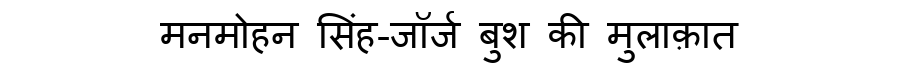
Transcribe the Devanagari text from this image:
मनमोहन सिंह-जॉर्ज बुश की मुलाक़ात